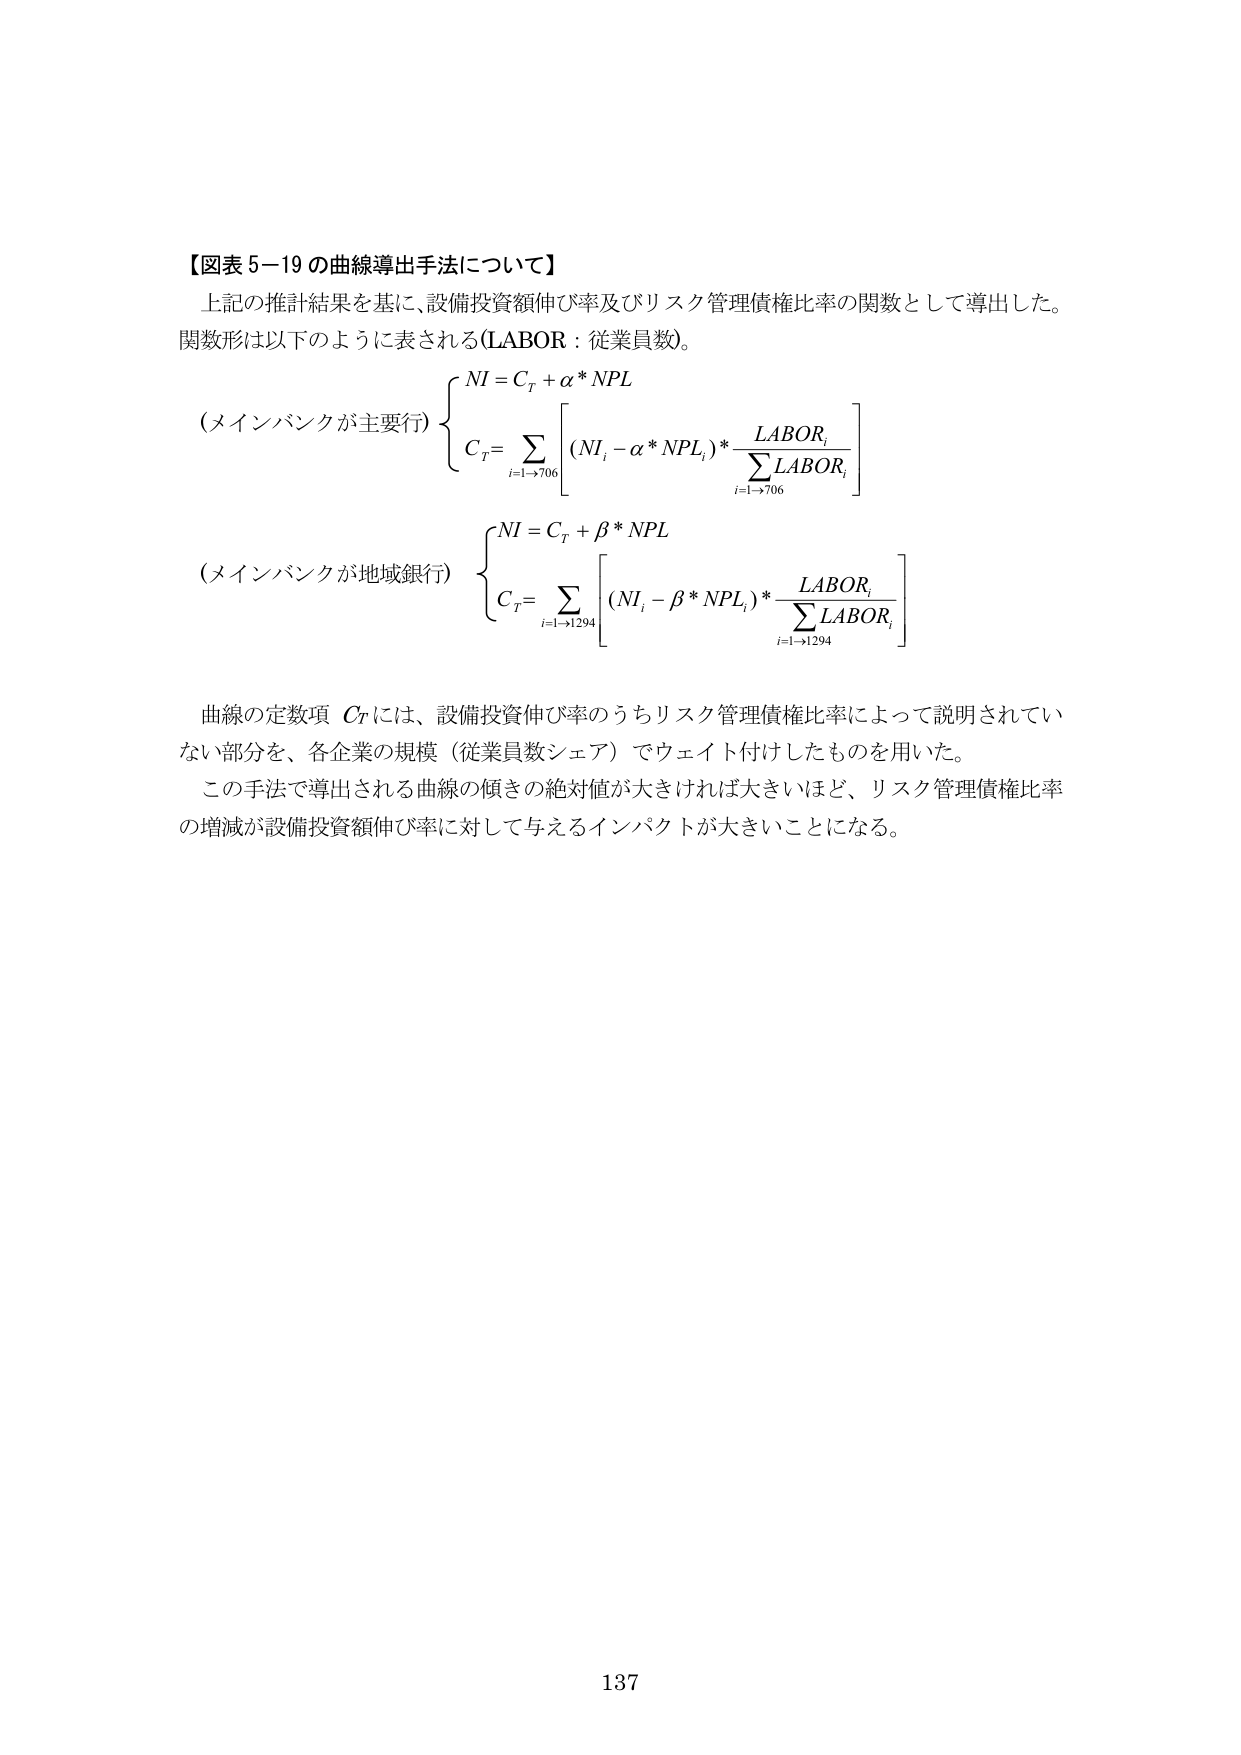
【図表 5-19 の曲線導出手法について】

上記の推計結果を基に、設備投資額伸び率及びリスク管理債権比率の関数として導出した。
関数形は以下のように表される（LABOR：従業員数）。

（メインバンクが主要行）
\[
\left\{
\begin{array}{l}
NI = C_T + \alpha * NPL \\
C_T = \displaystyle \sum_{i=1 \to 706} \left[ (NI_i - \alpha * NPL_i) * \dfrac{LABOR_i}{\displaystyle \sum_{i=1 \to 706} LABOR_i} \right]
\end{array}
\right.
\]

（メインバンクが地域銀行）
\[
\left\{
\begin{array}{l}
NI = C_T + \beta * NPL \\
C_T = \displaystyle \sum_{i=1 \to 1294} \left[ (NI_i - \beta * NPL_i) * \dfrac{LABOR_i}{\displaystyle \sum_{i=1 \to 1294} LABOR_i} \right]
\end{array}
\right.
\]

曲線の定数項 \( C_T \) には、設備投資伸び率のうちリスク管理債権比率によって説明されていない部分を、各企業の規模（従業員数シェア）でウェイト付けしたものを用いた。
この手法で導出される曲線の傾きの絶対値が大きければ大きいほど、リスク管理債権比率の増減が設備投資額伸び率に対して与えるインパクトが大きいことになる。

137